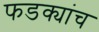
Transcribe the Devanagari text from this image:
फडक्यांच